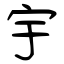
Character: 宇